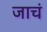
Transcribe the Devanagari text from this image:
जाचं